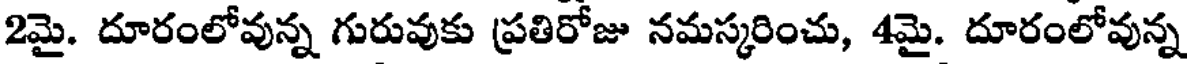
2మై. దూరంలోవున్న గురువుకు ప్రతిరోజు నమస్కరించు, 4మై. దూరంలోవున్న